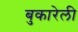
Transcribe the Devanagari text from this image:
बुकारेली